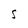
Character: S